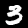
Digit: 3